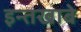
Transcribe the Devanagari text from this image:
इन्तखाबे